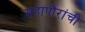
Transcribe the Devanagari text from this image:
महापौरांची